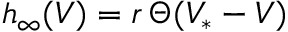
h _ { \infty } ( V ) = r \, \Theta ( V _ { * } - V )